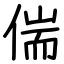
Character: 偳